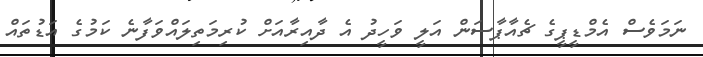
ނަމަވެސް އެމްޑީޕީގެ ޗެއާޕާސަން އަލީ ވަހީދު އެ ދާއިރާއަށް ކުރިމަތިލައްވަފާނެ ކަމުގެ އަޑުތައް